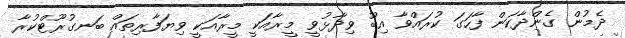
ދެމުން ގެންދާކަން ފާހަގަ ކުރައްވާ އިބޫ ވިދާޅުވީ މީރާއަކީ މީރާއަކީ ވިޔަފާރިތައް ބަނގުރޫޓްކުރާ